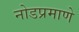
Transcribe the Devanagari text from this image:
नोडप्रमाणे